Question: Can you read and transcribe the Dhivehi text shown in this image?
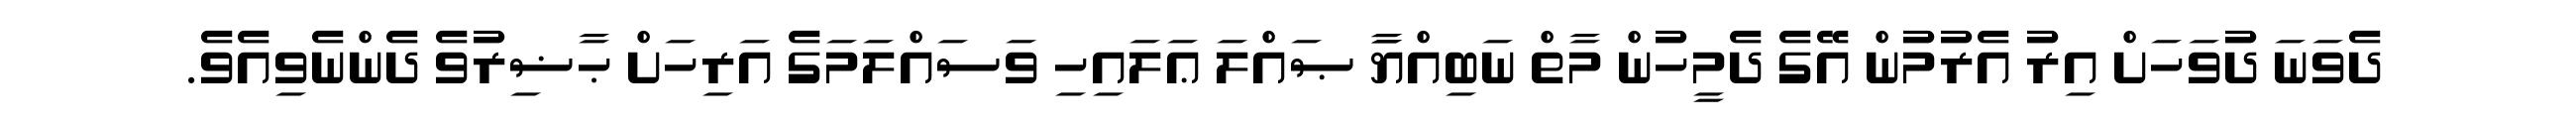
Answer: ދެވަނަ ދުވަހަށް އިރު އެރުމުން އޭގެ ދެމީހުން މާތް ނަބިއްޔާާ ޞައްލަ ޢަލައިހި ވަސައްލަމަގެ އަރިހަށް ޙާޟިރުވެ ދެންނެވިއެވެ.